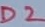
Text: D2